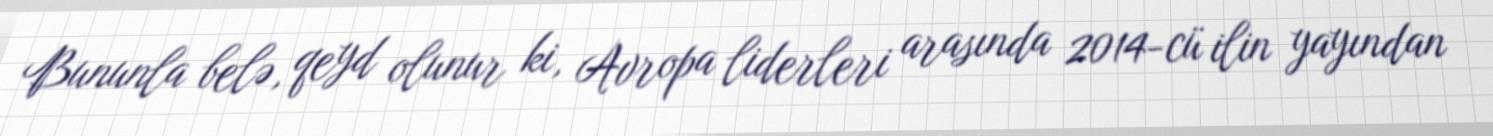
Bununla belə, qeyd olunur ki, Avropa liderleri arasında 2014-cü ilin yayından